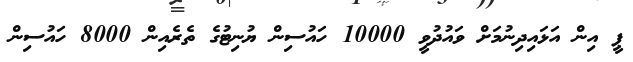
ޕީ އިން އަޅައިދިނުމަށް ވައުދުވީ 10000 ހައުސިން ޔުނިޓުގެ ތެރެއިން 8000 ހައުސިން